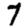
Digit: 7